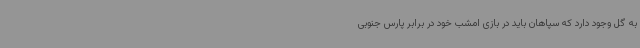
به گل وجود دارد که سپاهان باید در بازی امشب خود در برابر پارس جنوبی